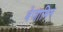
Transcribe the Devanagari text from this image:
बेजामिन